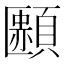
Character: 𩔿